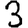
Digit: 3